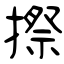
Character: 摖